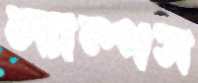
ল্যাম্পস